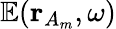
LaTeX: \mathbb{E}(\mathbf{r}_{A_{m}},\omega)